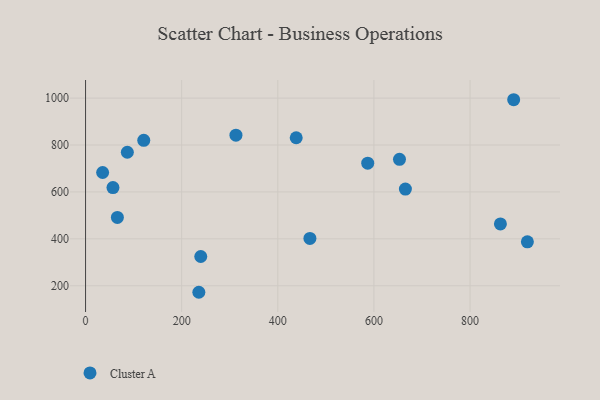
{"axis": {"x": "Price", "y": "Fuel Efficiency"}, "legend": ["Cluster A"], "data": [{"x": "35.5", "y": 682.9, "type": "Cluster A"}, {"x": "466.8", "y": 401.8, "type": "Cluster A"}, {"x": "121.1", "y": 820.1, "type": "Cluster A"}, {"x": "653.2", "y": 738.9, "type": "Cluster A"}, {"x": "665.5", "y": 612.1, "type": "Cluster A"}, {"x": "235.7", "y": 172.2, "type": "Cluster A"}, {"x": "66.2", "y": 491.2, "type": "Cluster A"}, {"x": "239.7", "y": 324.8, "type": "Cluster A"}, {"x": "86.9", "y": 769.2, "type": "Cluster A"}, {"x": "919.3", "y": 387.4, "type": "Cluster A"}, {"x": "312.9", "y": 842.1, "type": "Cluster A"}, {"x": "890.8", "y": 993.1, "type": "Cluster A"}, {"x": "438.3", "y": 830.9, "type": "Cluster A"}, {"x": "57.0", "y": 618.6, "type": "Cluster A"}, {"x": "587.1", "y": 722.7, "type": "Cluster A"}, {"x": "863.2", "y": 463.8, "type": "Cluster A"}]}